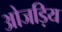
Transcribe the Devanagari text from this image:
ओजड़िय